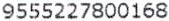
9555227800168